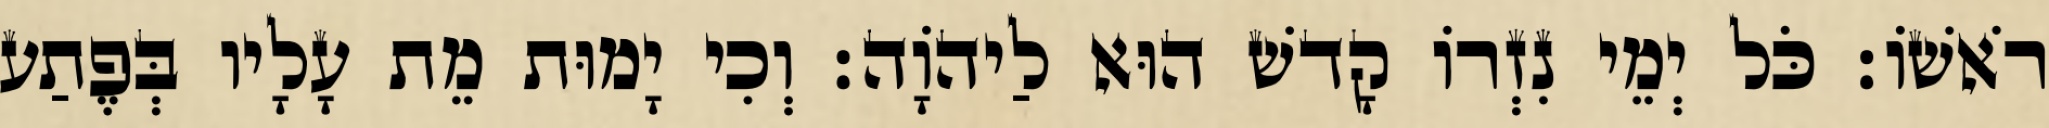
רֹאשׁוֹ׃ כֹּל יְמֵי נִזְרוֹ קָדשׁ הוּא לַיהוָֹה׃ וְכִי יָמוּת מֵת עָלָיו בְּפֶתַע